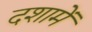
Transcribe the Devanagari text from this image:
दशामें